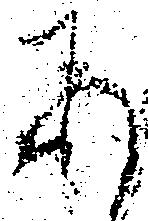
あ